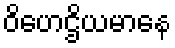
ဝိဟေဌိယမာနေ